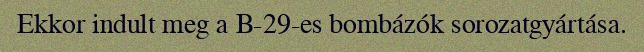
Ekkor indult meg a B-29-es bombázók sorozatgyártása.